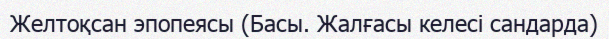
Желтоқсан эпопеясы (Басы. Жалғасы келесi сандарда)